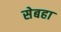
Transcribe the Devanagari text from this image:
सेबहा